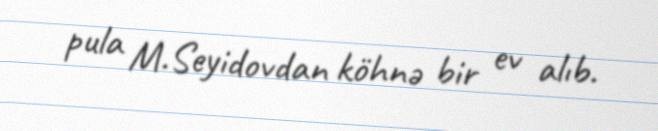
pula M.Seyidovdan köhnə bir ev alıb.